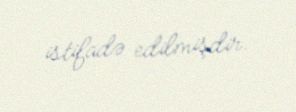
istifadə edilmişdir.